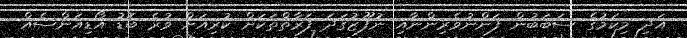
އަދި މިކަމުގެ ސަބަބުން ފަންނުވެރިންނާއި ނުފޫޒުގަދަ ފަރާތްތަކަށް ކުރިއަށް ވުރެ ބޮޑު އޯޑިއަންސެއް